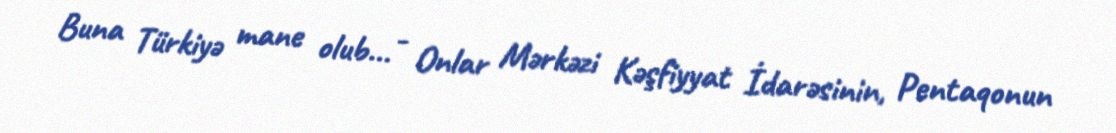
Buna Türkiyə mane olub... - Onlar Mərkəzi Kəşfiyyat İdarəsinin, Pentaqonun